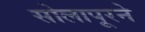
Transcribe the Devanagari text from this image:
सोलापूरने